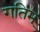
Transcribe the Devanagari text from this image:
गतिम्